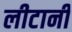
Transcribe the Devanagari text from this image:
लीटानी